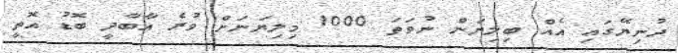
ދުނިޔޭގައި އެއް ބިލިޔަން ނުވަތަ 1000 މިލިޔަނަށް ވުރެ އާބާދީ ބޮޑު އޮތީ